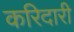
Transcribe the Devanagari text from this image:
करिदारी